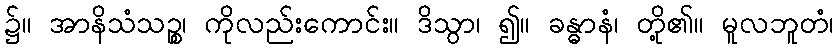
၌။ အာနိသံသဉ္စ၊ ကိုလည်းကောင်း။ ဒိသွာ၊ ၍။ ခန္ဓာနံ၊ တို့၏။ မူလဘူတံ၊